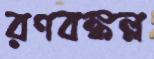
রণবঙ্কল্ল